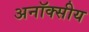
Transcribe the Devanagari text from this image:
अनॉक्सीय